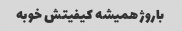
باروژ همیشه کیفیتش خوبه